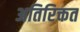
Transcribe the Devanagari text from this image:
अतिरिक्तत